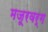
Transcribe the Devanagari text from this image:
मजूरवर्ग